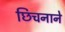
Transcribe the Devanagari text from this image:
छिचनाने